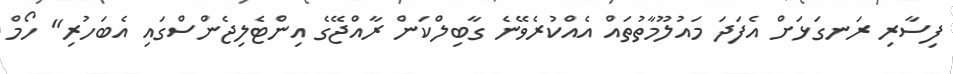
ފިސާރި ރަނގަޅަށް އެފަދަ މައުލޫމާތުތައް އެއްކުރެވޭނެ ގާބިލްކަން ރާއްޖޭގެ އިންޓެލިޖެންސްގައި އެބަހުރި" ހޯމް